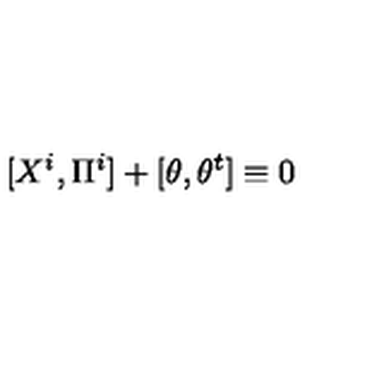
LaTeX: [ X ^ { i } , \Pi ^ { i } ] + [ \theta , \theta ^ { t } ] \equiv 0